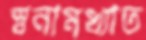
স্বনামখ্যাত